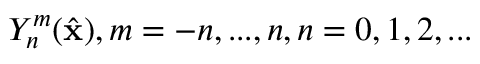
Y _ { n } ^ { m } ( \hat { \mathbf { x } } ) , m = - n , . . . , n , n = 0 , 1 , 2 , . . .